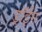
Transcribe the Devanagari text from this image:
ड्रॉईंग